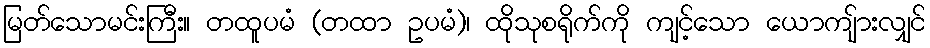
မြတ်သောမင်းကြီး။ တထူပမံ (တထာ ဥပမံ)၊ ထိုသုစရိုက်ကို ကျင့်သော ယောကျ်ားလျှင်